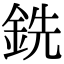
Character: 銑